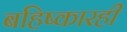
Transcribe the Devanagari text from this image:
बहिष्कारही